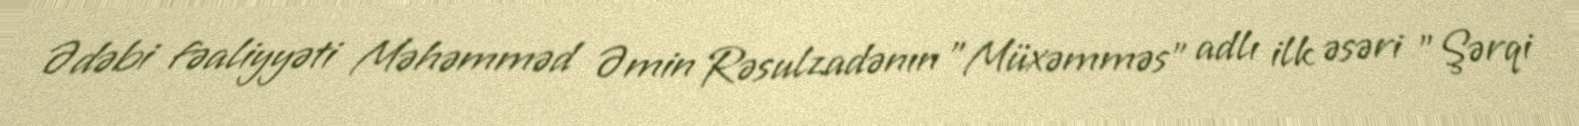
Ədəbi fəaliyyəti Məhəmməd Əmin Rəsulzadənın "Müxəmməs" adlı ilk əsəri "Şərqi